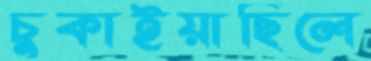
চুকাইয়াছিলে